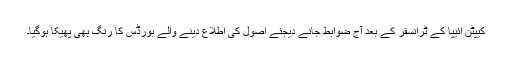
کیپٹن ائیپّا کے ٹرانسفر کے بعد آج ضوابط جانے دیجئے اصول کی اطلاع دینے والے بورڈس کا رنگ بھی پھیکا ہوگیا۔